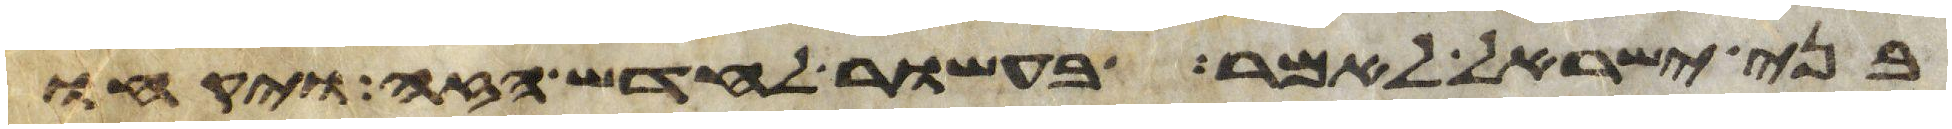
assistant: בני ישראל לאמר בעשור לחדש הזה ויקחו